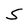
Character: S